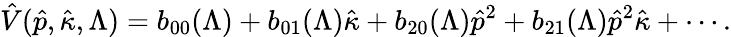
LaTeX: \hat{V}(\hat{p},\hat{\kappa},\Lambda)=b_{00}(\Lambda)+b_{01}(\Lambda)\hat{\kappa}+b_{20}(\Lambda)\hat{p}^{2}+b_{21}(\Lambda)\hat{p}^{2}\hat{\kappa}+\cdots.